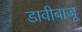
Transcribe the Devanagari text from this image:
डावीबाजू